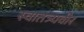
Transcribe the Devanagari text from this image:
स्वातत्र्यवीर